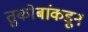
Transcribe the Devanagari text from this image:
तुकोबांकडून